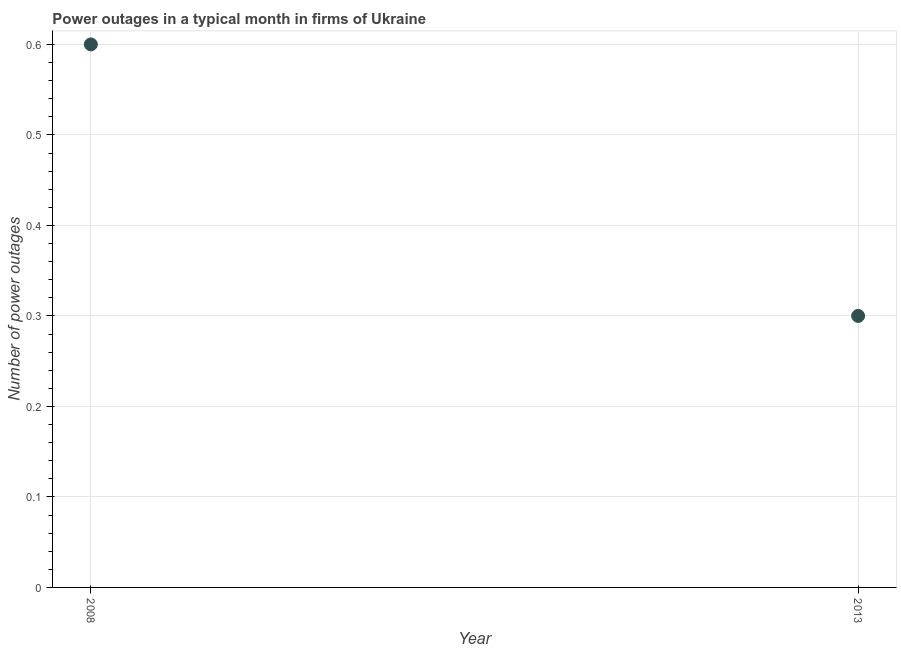
| Year | Power outages |
 | --- | --- |
 | 2008 | 0.6 |
 | 2013 | 0.3 |